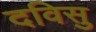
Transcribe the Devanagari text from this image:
दविसु